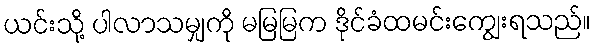
ယင်းသို့ ပါလာသမျှကို မမြမြက ဒိုင်ခံထမင်းကျွေးရသည်။